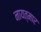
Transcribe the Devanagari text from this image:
नायत्मार